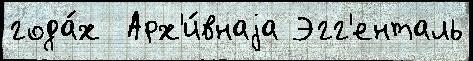
года́х  Арх'и́внаjа Эгг'енталь